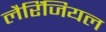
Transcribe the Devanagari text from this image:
लैरिंजियल